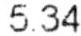
5.34